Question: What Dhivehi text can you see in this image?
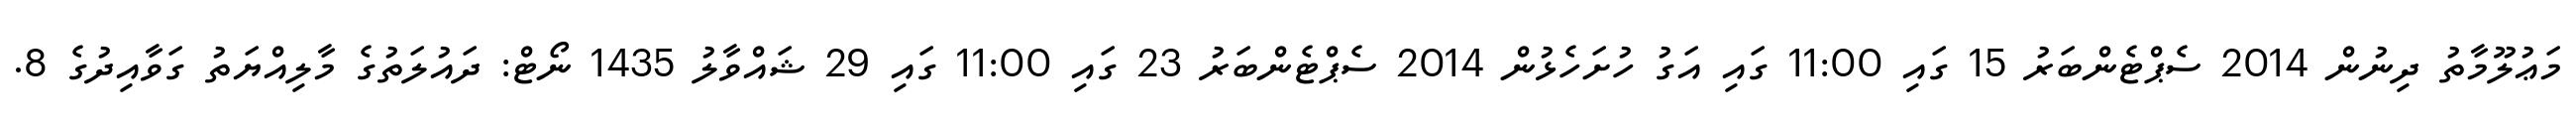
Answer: މަޢުލޫމާތު ދިނުން 2014 ސެޕްޓެންބަރު 15 ގައި 11:00 ގައި އަގު ހުށަހެޅުން 2014 ސެޕްޓެންބަރު 23 ގައި 11:00 ގައި 29 ޝައްވާލު 1435 ނޯޓް: ދައުލަތުގެ މާލިއްޔަތު ގަވާއިދުގެ 8.